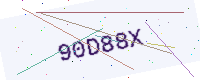
Text: 90D88X